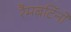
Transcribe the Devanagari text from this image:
रैमबर्टिनो